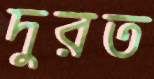
দুরত